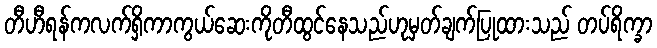
တီဟီရန်ကလက်ရှိကာကွယ်ဆေးကိုတီထွင်နေသည်ဟုမှတ်ချက်ပြုထားသည် တပ်ရိက္ခာ